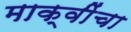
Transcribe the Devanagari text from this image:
माक्वींचा